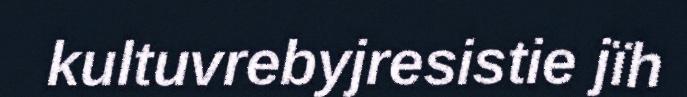
kultuvrebyjresistie jïh